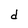
Character: d